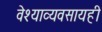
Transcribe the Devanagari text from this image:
वेश्याव्यवसायही